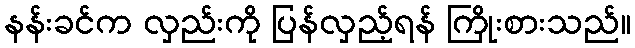
နန်းခင်က လှည်းကို ပြန်လှည့်ရန် ကြိုးစားသည်။